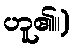
ဟူ၏။)